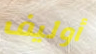
أوليف